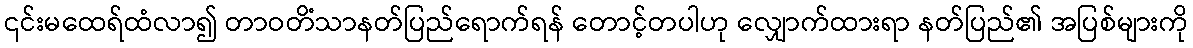
၎င်းမထေရ်ထံလာ၍ တာဝတိံသာနတ်ပြည်ရောက်ရန် တောင့်တပါဟု လျှောက်ထားရာ နတ်ပြည်၏ အပြစ်များကို